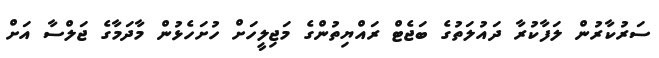
ސަރުކާރުން ލަފާކުރާ ދައުލަތުގެ ބަޖެޓް ރައްޔިތުންގެ މަޖިލީހަށް ހުށަހެޅުން މާދަމާގެ ޖަލްސާ އަށް